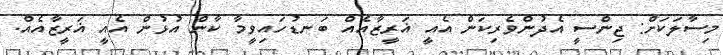
މިސާލަކަށް: ޖިންސީ އެދުންވެރިކަން އެއީ ޣަރީޒާއެއް ބަނޑުހައިވީމާ ކާން އުޅުން އެއީ ޣަރީޒާއެއް.